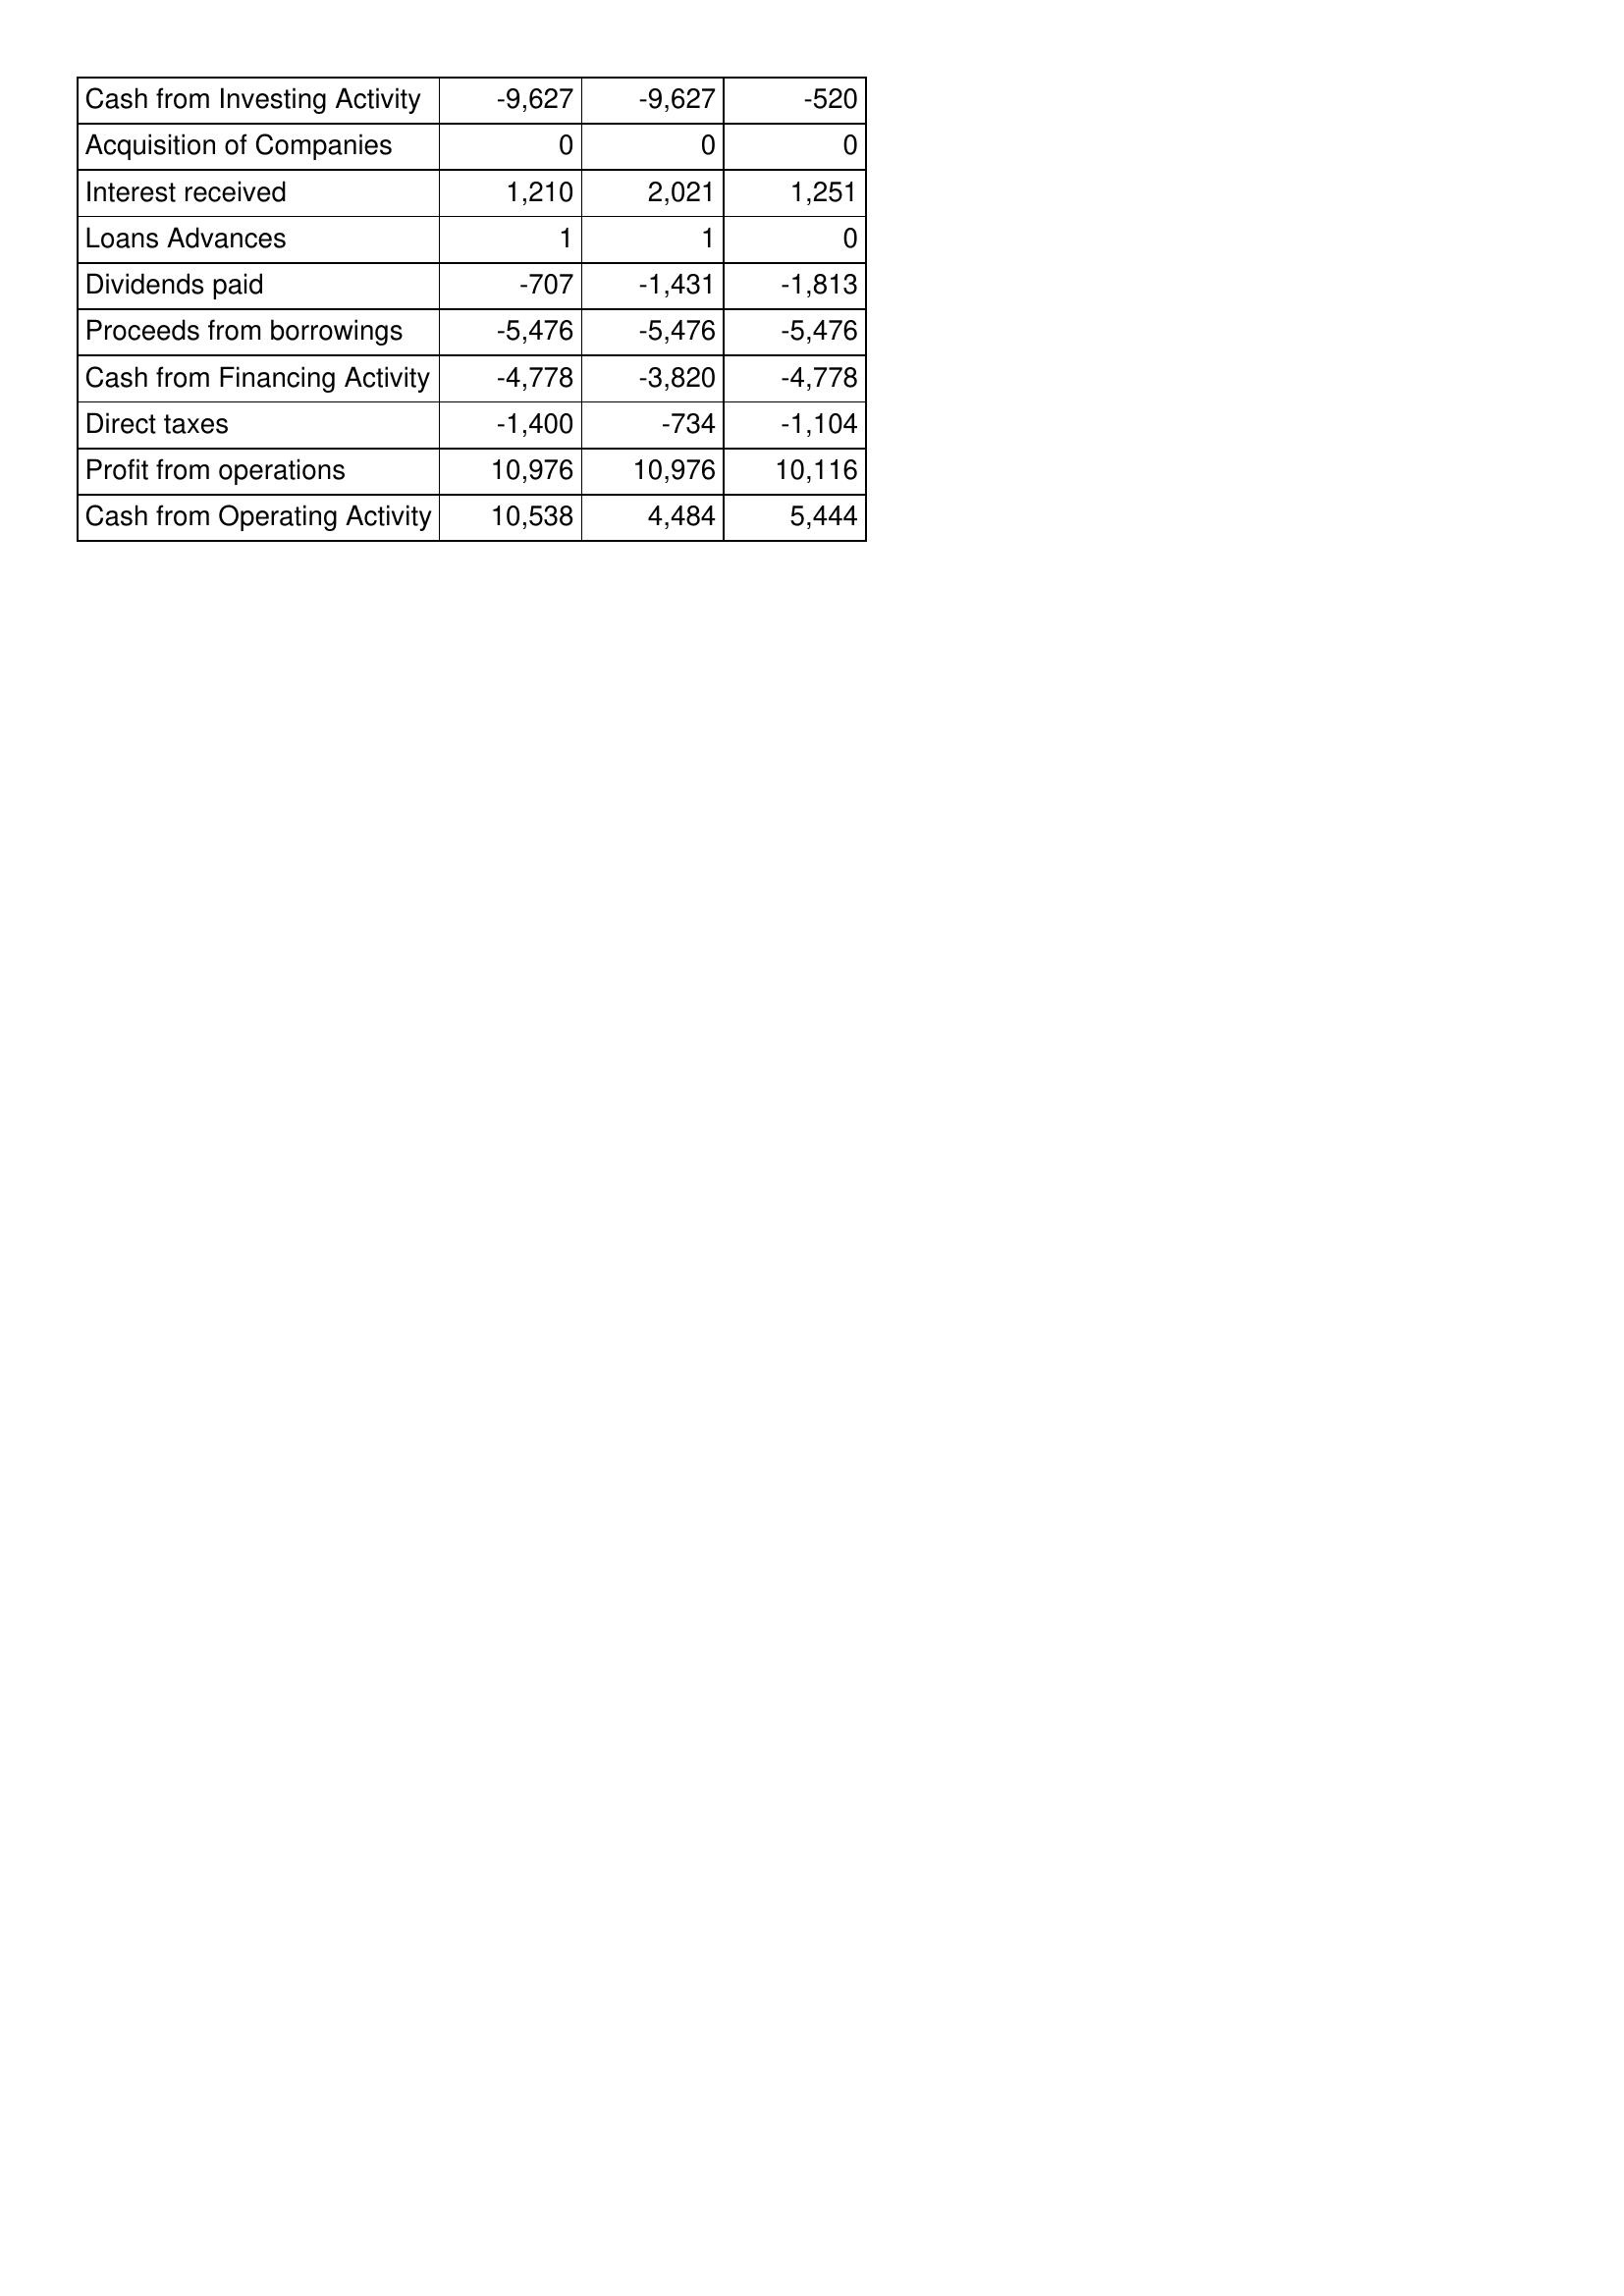
Nov-12: Cash Flows: Cash from Investing Activity: -9,627
Acquisition of Companies: 0
Interest received: 1,210
Loans Advances: 1
Dividends paid: -707
Proceeds from borrowings: -5,476
Cash from Financing Activity: -4,778
Direct taxes: -1,400
Profit from operations: 10,976
Cash from Operating Activity: 10,538
Nov-13: Cash Flows: Cash from Investing Activity: -9,627
Acquisition of Companies: 0
Interest received: 2,021
Loans Advances: 1
Dividends paid: -1,431
Proceeds from borrowings: -5,476
Cash from Financing Activity: -3,820
Direct taxes: -734
Profit from operations: 10,976
Cash from Operating Activity: 4,484
Nov-14: Cash Flows: Cash from Investing Activity: -520
Acquisition of Companies: 0
Interest received: 1,251
Loans Advances: 0
Dividends paid: -1,813
Proceeds from borrowings: -5,476
Cash from Financing Activity: -4,778
Direct taxes: -1,104
Profit from operations: 10,116
Cash from Operating Activity: 5,444